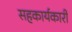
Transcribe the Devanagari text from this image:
सहकार्यकारी